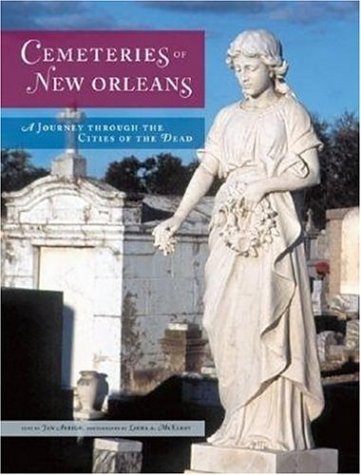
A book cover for Cemeteries of New Orleans: A Journey Through the Cities of the Dead; Jan Arrigo; Travel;